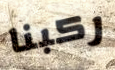
ركبنا